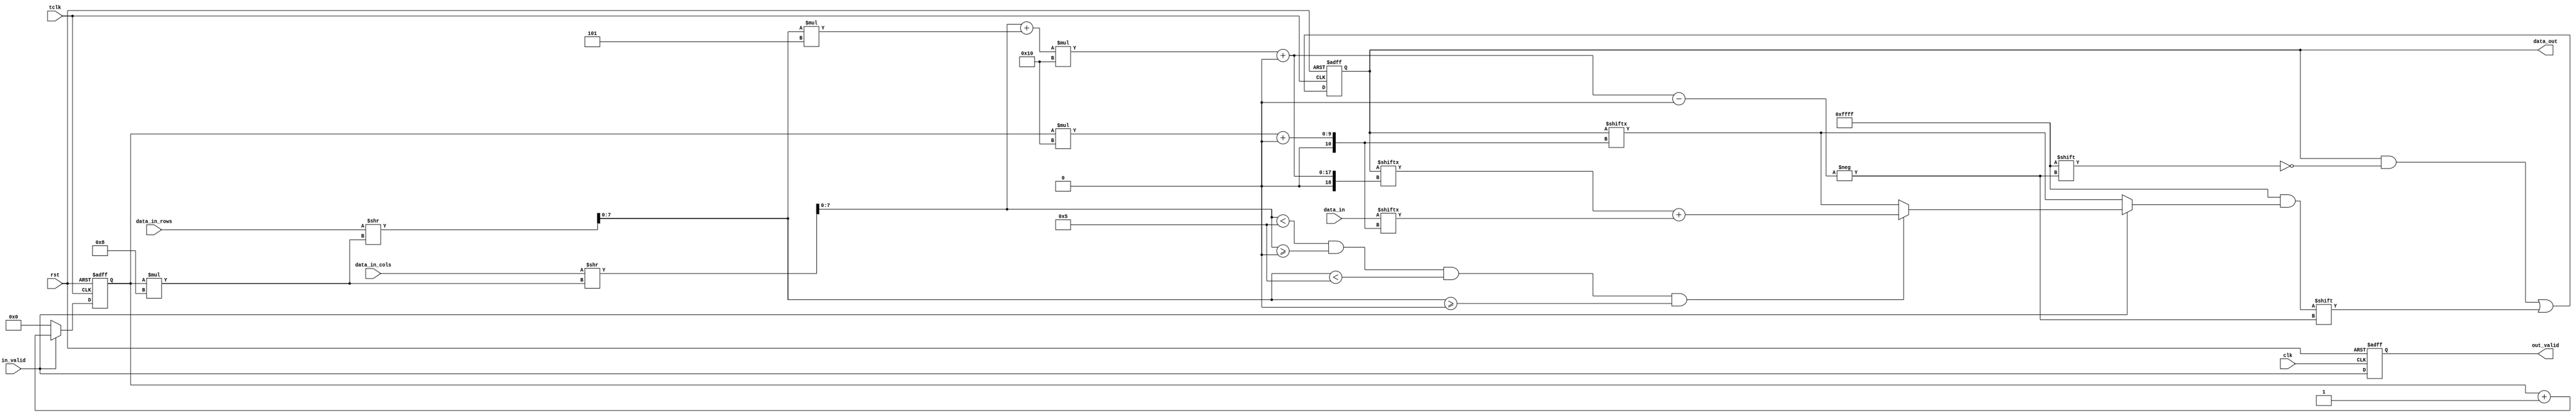
module PEADDER
#(
    parameter col_length = 8,
    parameter word_length = 8,
    parameter double_word_length = 16,
    parameter PE_output_size = 16,
    parameter output_col_size = 5,
    parameter output_size = 25
)
(
  input clk,
  input tclk,
  input rst,
  input in_valid,
  input signed [double_word_length*PE_output_size -1:0]data_in,
  input signed [col_length*PE_output_size -1:0]data_in_cols,
  input signed [col_length*PE_output_size -1:0]data_in_rows,
  
  output out_valid,
  output [(output_size)*double_word_length-1:0] data_out
);

reg signed [double_word_length*PE_output_size -1:0] data_in_r, next_data_in_r;
reg [(output_size)*double_word_length-1:0] data_out_r, next_data_out_r;
reg out_valid_r, next_out_valid_r;
reg [3:0] counter, next_counter;

reg [output_size*double_word_length-1:0] temp_out_feature [PE_output_size-1:0];
reg [double_word_length-1:0] current_data;
reg [double_word_length-1:0] position;
reg [col_length-1:0] col, row;

assign out_valid = out_valid_r;
assign data_out = data_out_r;

always @(*) begin
  col = data_in_cols >> counter*col_length;
  row = data_in_rows >> counter*col_length;
  position = col + row*output_col_size;
  next_out_valid_r = in_valid; 
  if(in_valid) begin
    if($signed(col) < output_col_size & $signed(col) >= 0 & $signed(row) < output_col_size & $signed(row) >= 0) begin
      current_data = data_out_r[position*double_word_length+:double_word_length] + data_in[counter*double_word_length+:double_word_length];
    end
    
    else current_data = data_out_r[counter*double_word_length+:double_word_length];
    next_counter = counter + 1;
  end
  else begin
    current_data = data_out_r[counter*double_word_length+:double_word_length];
    next_counter = 0;
  end
end

always @(posedge tclk or posedge rst) begin
  if(rst) begin
    counter <= 0;
    data_out_r <= 0;
  end
  else begin
    counter <= next_counter;
    data_out_r[(position)*double_word_length+:double_word_length] <= current_data;
  end
end

always @(posedge clk or posedge rst) begin
  if(rst) begin
    out_valid_r <= 0;
  end
  else begin
    out_valid_r <= next_out_valid_r;
  end
end

endmodule